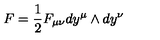
F = { \frac { 1 } { 2 } } F _ { \mu \nu } d y ^ { \mu } \wedge d y ^ { \nu }